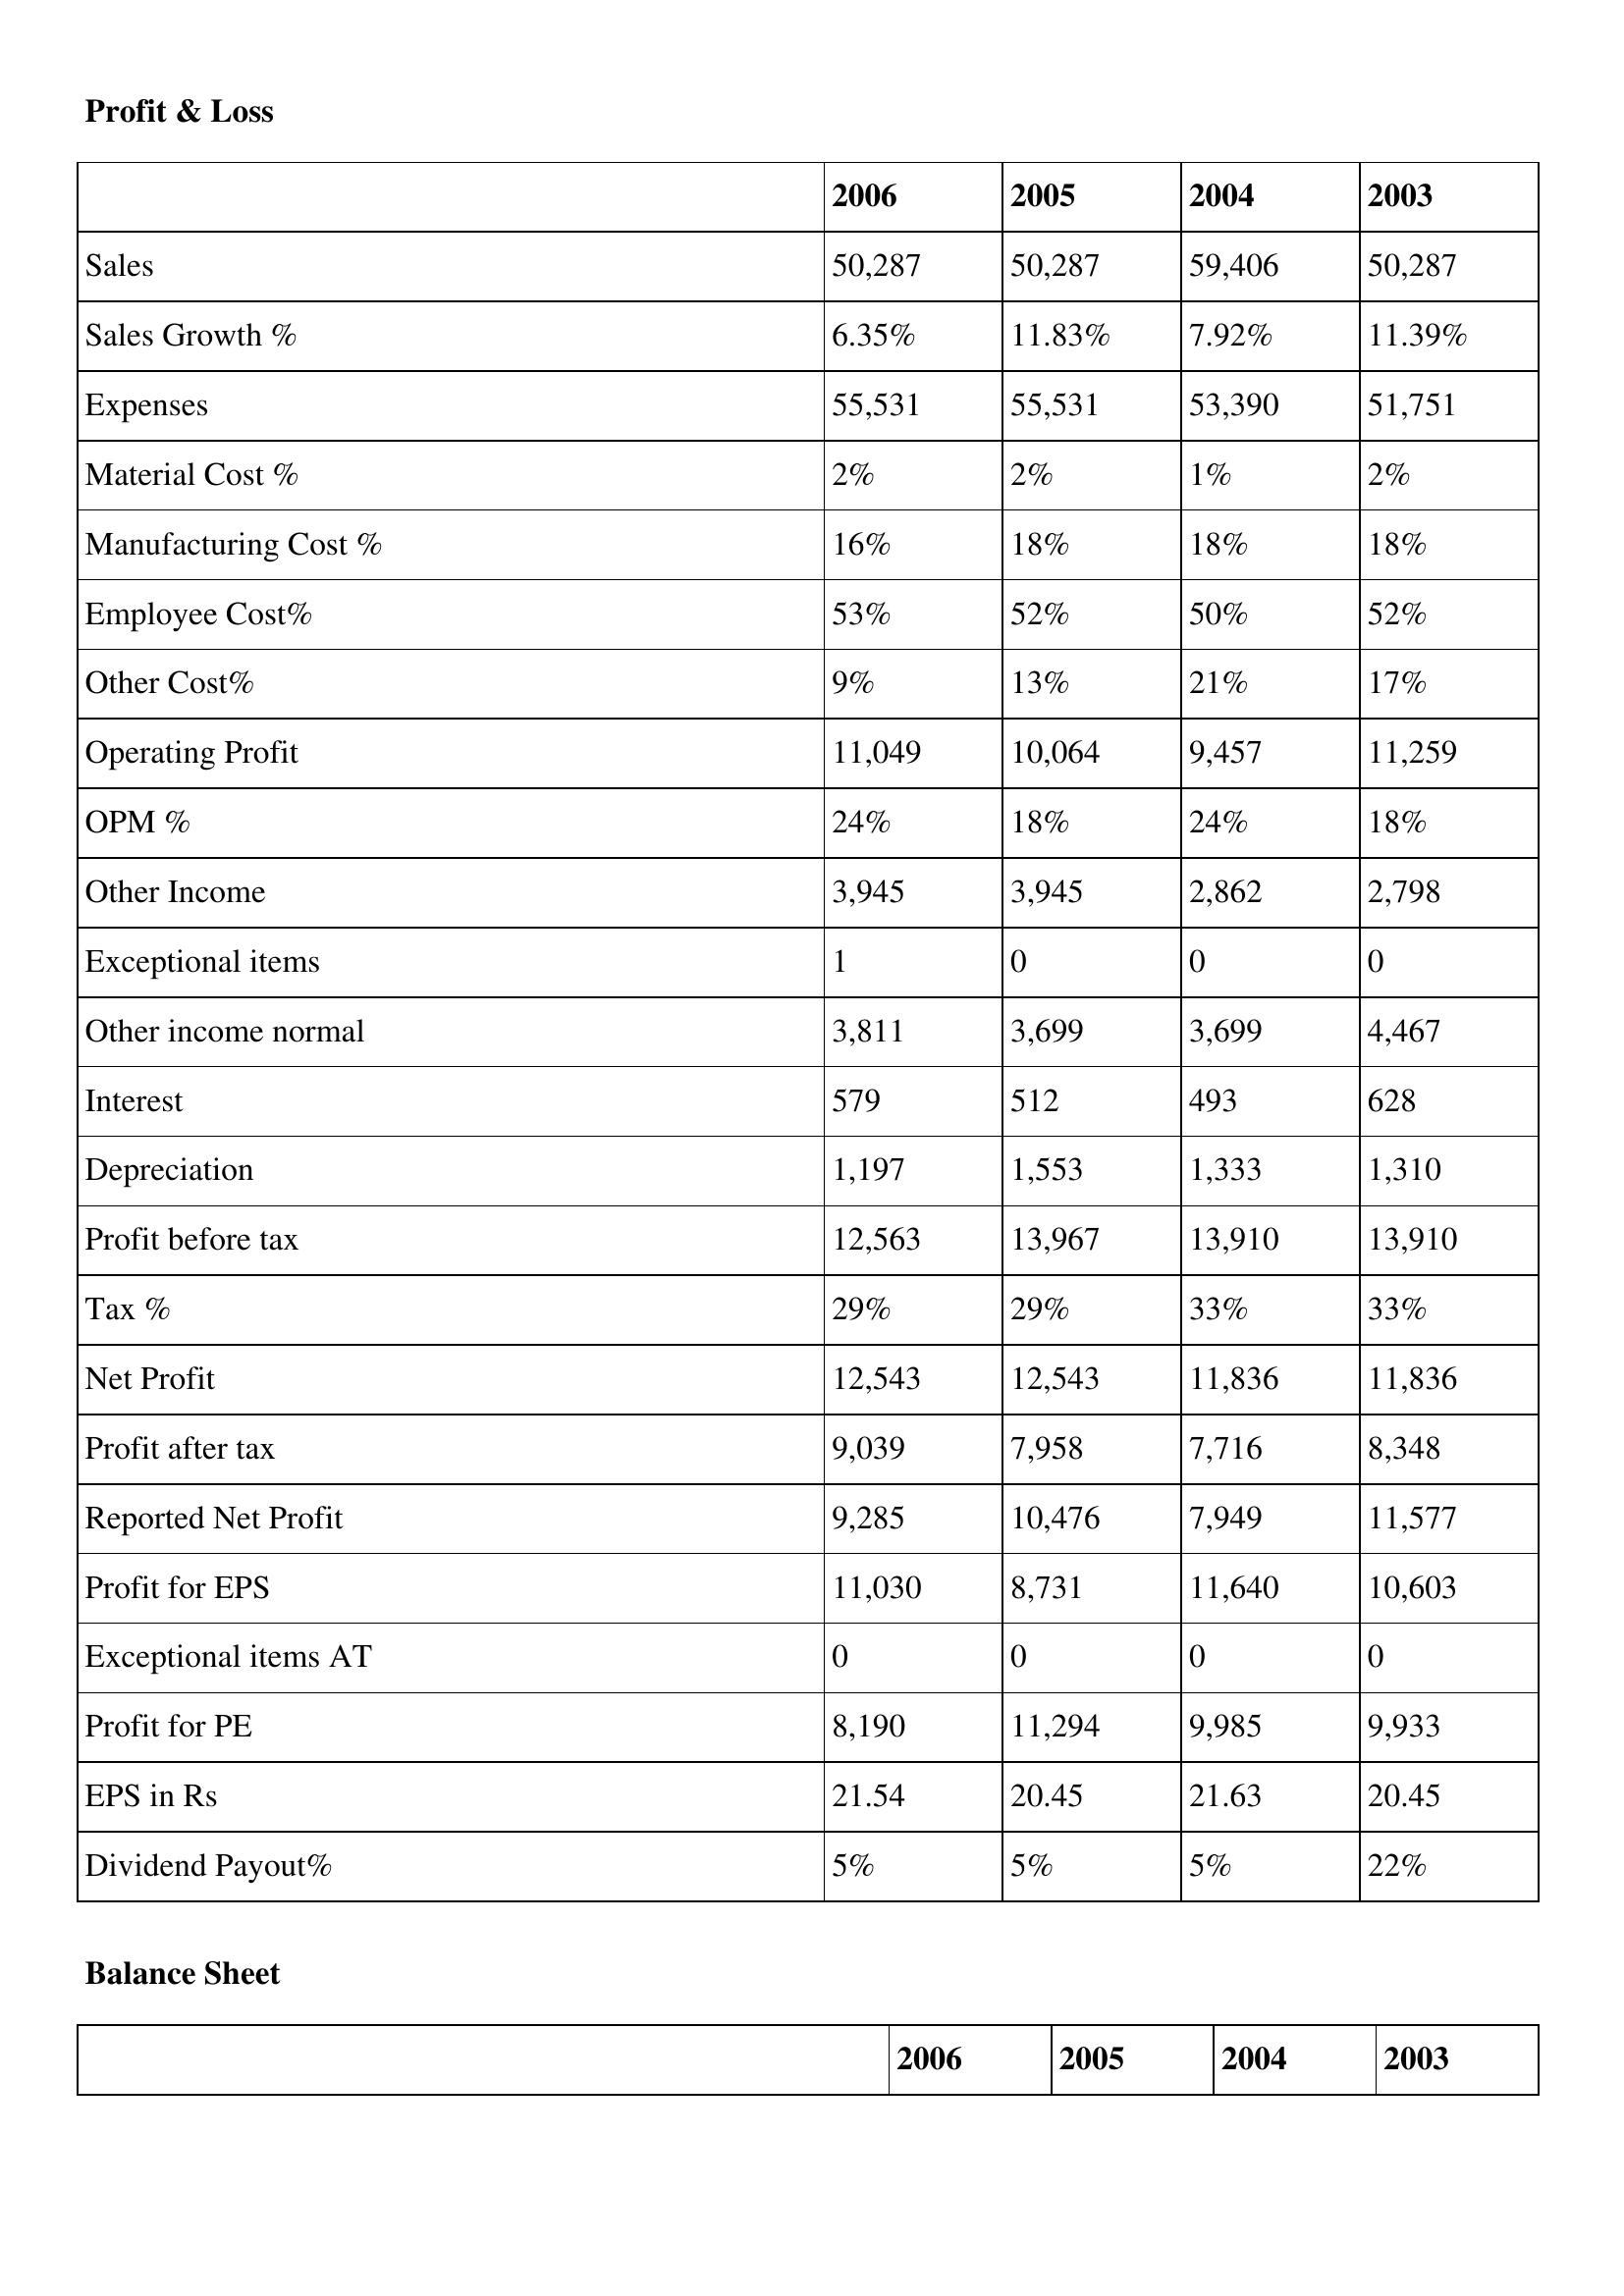
gt_parse: 2006: Profit & Loss: Sales: 50,287
Sales Growth %: 6.35%
Expenses: 55,531
Material Cost %: 2%
Manufacturing Cost %: 16%
Employee Cost%: 53%
Other Cost%: 9%
Operating Profit: 11,049
OPM %: 24%
Other Income: 3,945
Exceptional items: 1
Other income normal: 3,811
Interest: 579
Depreciation: 1,197
Profit before tax: 12,563
Tax %: 29%
Net Profit: 12,543
Profit after tax: 9,039
Reported Net Profit: 9,285
Profit for EPS: 11,030
Exceptional items AT: 0
Profit for PE: 8,190
EPS in Rs: 21.54
Dividend Payout%: 5%
2005: Profit & Loss: Sales: 50,287
Sales Growth %: 11.83%
Expenses: 55,531
Material Cost %: 2%
Manufacturing Cost %: 18%
Employee Cost%: 52%
Other Cost%: 13%
Operating Profit: 10,064
OPM %: 18%
Other Income: 3,945
Exceptional items: 0
Other income normal: 3,699
Interest: 512
Depreciation: 1,553
Profit before tax: 13,967
Tax %: 29%
Net Profit: 12,543
Profit after tax: 7,958
Reported Net Profit: 10,476
Profit for EPS: 8,731
Exceptional items AT: 0
Profit for PE: 11,294
EPS in Rs: 20.45
Dividend Payout%: 5%
2004: Profit & Loss: Sales: 59,406
Sales Growth %: 7.92%
Expenses: 53,390
Material Cost %: 1%
Manufacturing Cost %: 18%
Employee Cost%: 50%
Other Cost%: 21%
Operating Profit: 9,457
OPM %: 24%
Other Income: 2,862
Exceptional items: 0
Other income normal: 3,699
Interest: 493
Depreciation: 1,333
Profit before tax: 13,910
Tax %: 33%
Net Profit: 11,836
Profit after tax: 7,716
Reported Net Profit: 7,949
Profit for EPS: 11,640
Exceptional items AT: 0
Profit for PE: 9,985
EPS in Rs: 21.63
Dividend Payout%: 5%
2003: Profit & Loss: Sales: 50,287
Sales Growth %: 11.39%
Expenses: 51,751
Material Cost %: 2%
Manufacturing Cost %: 18%
Employee Cost%: 52%
Other Cost%: 17%
Operating Profit: 11,259
OPM %: 18%
Other Income: 2,798
Exceptional items: 0
Other income normal: 4,467
Interest: 628
Depreciation: 1,310
Profit before tax: 13,910
Tax %: 33%
Net Profit: 11,836
Profit after tax: 8,348
Reported Net Profit: 11,577
Profit for EPS: 10,603
Exceptional items AT: 0
Profit for PE: 9,933
EPS in Rs: 20.45
Dividend Payout%: 22%